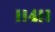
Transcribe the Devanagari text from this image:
।।४।।